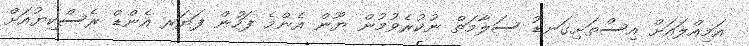
އަމިއްލައަށް އިސްތަށިގަނޑު ސަލާމަތް ނުކުރެވުމުން ޔޫން އެންމެ ފަހުން ފަޔަރ އެންޑް ރެސްކިޔުއަށް